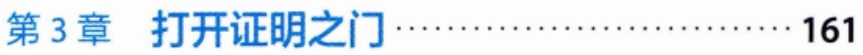
第3章 打开证明之门\cdots\cdots\cdots\cdots\cdots\cdots\cdots\cdots 161